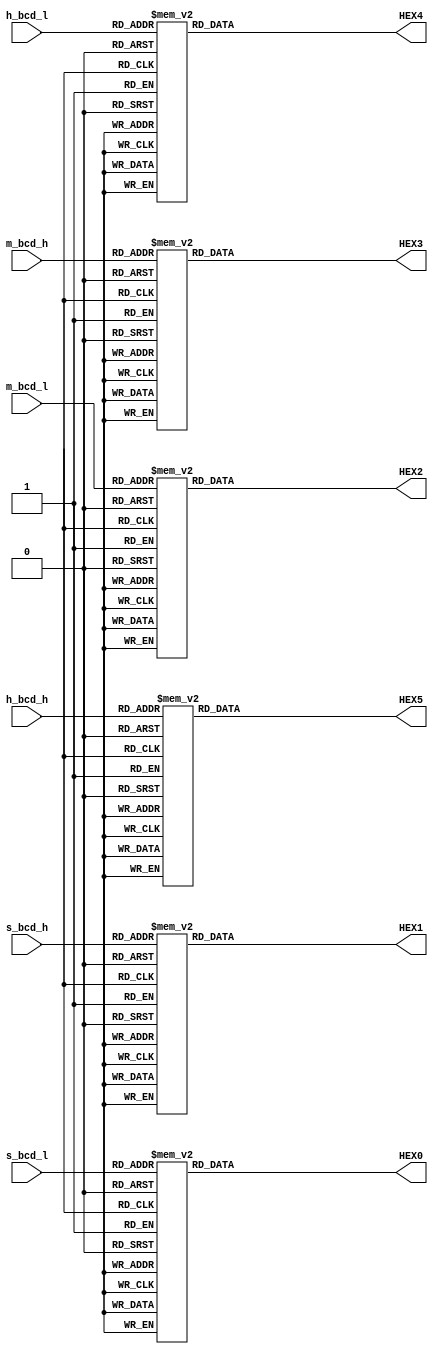
module decoder(
    input [3:0] s_bcd_l,s_bcd_h,m_bcd_l,m_bcd_h,h_bcd_l,h_bcd_h,
    output reg [6:0] HEX0,HEX1,HEX2,HEX3,HEX4,HEX5 
);
always @(*) begin
    case(s_bcd_l)
        4'b0000: HEX0 = 7'b1000000; 
        4'b0001: HEX0 = 7'b1111001; 
        4'b0010: HEX0 = 7'b0100100; 
        4'b0011: HEX0 = 7'b0110000; 
        4'b0100: HEX0 = 7'b0011001; 
        4'b0101: HEX0 = 7'b0010010; 
        4'b0110: HEX0 = 7'b0000010; 
        4'b0111: HEX0 = 7'b1111000; 
        4'b1000: HEX0 = 7'b0000000; 
        4'b1001: HEX0 = 7'b0010000;
        default: HEX0 = 7'b1111111;
    endcase
end
always @(*) begin
    case(s_bcd_h)
        4'b0000: HEX1 = 7'b1000000; 
        4'b0001: HEX1 = 7'b1111001; 
        4'b0010: HEX1 = 7'b0100100; 
        4'b0011: HEX1 = 7'b0110000; 
        4'b0100: HEX1 = 7'b0011001; 
        4'b0101: HEX1 = 7'b0010010; 
        4'b0110: HEX1 = 7'b0000010; 
        4'b0111: HEX1 = 7'b1111000; 
        4'b1000: HEX1 = 7'b0000000; 
        4'b1001: HEX1 = 7'b0010000;
        default: HEX1 = 7'b1111111;
    endcase
end
always @(*) begin
    case(m_bcd_l)
        4'b0000: HEX2 = 7'b1000000; 
        4'b0001: HEX2 = 7'b1111001; 
        4'b0010: HEX2 = 7'b0100100; 
        4'b0011: HEX2 = 7'b0110000; 
        4'b0100: HEX2 = 7'b0011001; 
        4'b0101: HEX2 = 7'b0010010; 
        4'b0110: HEX2 = 7'b0000010; 
        4'b0111: HEX2 = 7'b1111000; 
        4'b1000: HEX2 = 7'b0000000; 
        4'b1001: HEX2 = 7'b0010000;
        default: HEX2 = 7'b1111111;
    endcase
end
always @(*) begin
    case(m_bcd_h)
        4'b0000: HEX3 = 7'b1000000; 
        4'b0001: HEX3 = 7'b1111001; 
        4'b0010: HEX3 = 7'b0100100; 
        4'b0011: HEX3 = 7'b0110000; 
        4'b0100: HEX3 = 7'b0011001; 
        4'b0101: HEX3 = 7'b0010010; 
        4'b0110: HEX3 = 7'b0000010; 
        4'b0111: HEX3 = 7'b1111000; 
        4'b1000: HEX3 = 7'b0000000; 
        4'b1001: HEX3 = 7'b0010000;
        default: HEX3 = 7'b1111111;
    endcase
end
always @(*) begin
    case(h_bcd_l)
        4'b0000: HEX4 = 7'b1000000; 
        4'b0001: HEX4 = 7'b1111001; 
        4'b0010: HEX4 = 7'b0100100; 
        4'b0011: HEX4 = 7'b0110000; 
        4'b0100: HEX4 = 7'b0011001; 
        4'b0101: HEX4 = 7'b0010010; 
        4'b0110: HEX4 = 7'b0000010; 
        4'b0111: HEX4 = 7'b1111000; 
        4'b1000: HEX4 = 7'b0000000; 
        4'b1001: HEX4 = 7'b0010000;
        default: HEX4 = 7'b1111111;
    endcase
end
always @(*) begin
    case(h_bcd_h)
        4'b0000: HEX5 = 7'b1000000; 
        4'b0001: HEX5 = 7'b1111001; 
        4'b0010: HEX5 = 7'b0100100; 
        4'b0011: HEX5 = 7'b0110000; 
        4'b0100: HEX5 = 7'b0011001; 
        4'b0101: HEX5 = 7'b0010010; 
        4'b0110: HEX5 = 7'b0000010; 
        4'b0111: HEX5 = 7'b1111000; 
        4'b1000: HEX5 = 7'b0000000; 
        4'b1001: HEX5 = 7'b0010000;
        default: HEX5 = 7'b1111111;
    endcase
end
endmodule